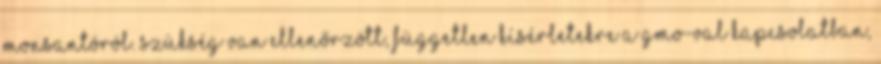
Monsantóról. Szükség van ellenőrzött, független kísérletekre a GMO-val kapcsolatban,